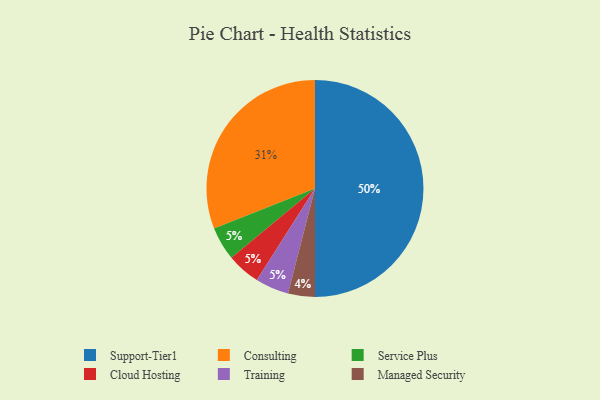
{"axis": {"x": "Category", "y": "Percentage"}, "legend": ["Cloud Hosting", "Consulting", "Managed Security", "Service Plus", "Support-Tier1", "Training"], "data": [{"x": "Service Plus", "y": 5, "type": "Service Plus"}, {"x": "Support-Tier1", "y": 50, "type": "Support-Tier1"}, {"x": "Managed Security", "y": 4, "type": "Managed Security"}, {"x": "Cloud Hosting", "y": 5, "type": "Cloud Hosting"}, {"x": "Training", "y": 5, "type": "Training"}, {"x": "Consulting", "y": 31, "type": "Consulting"}]}